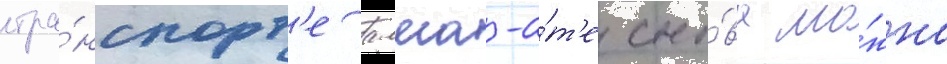
тра́нспорт'е алма-а́т'е сно́ва мо́жно